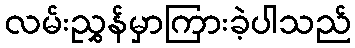
လမ်းညွှန်မှာကြားခဲ့ပါသည်